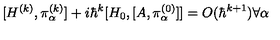
[ H ^ { ( k ) } , \pi _ { \alpha } ^ { ( k ) } ] + i \hbar ^ { k } [ H _ { 0 } , [ A , \pi _ { \alpha } ^ { ( 0 ) } ] ] = O ( \hbar ^ { k + 1 } ) \forall \alpha